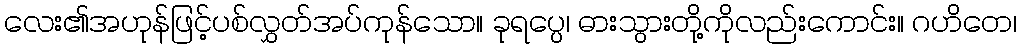
လေး၏အဟုန်ဖြင့်ပစ်လွှတ်အပ်ကုန်သော။ ခုရပ္ပေ၊ ဓားသွားတို့ကိုလည်းကောင်း။ ဂဟိတေ၊